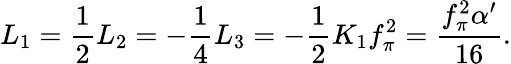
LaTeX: L_{1}=\frac 12L_{2}=-\frac 14L_{3}=-\frac 12K_{1}f_{\pi}^{2}=\frac{f_{\pi}^{2}\alpha^{\prime}}{16}.